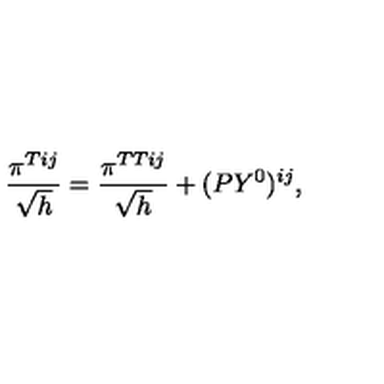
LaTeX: \frac { \pi ^ { T i j } } { \sqrt h } = \frac { \pi ^ { T T i j } } { \sqrt h } + ( P Y ^ { 0 } ) ^ { i j } ,